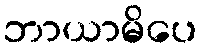
ဘာယာမိပေ